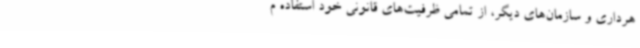
هرداری و سازمان‌های دیگر، از تمامی ظرفیت‌های قانونی خود استفاده م